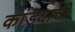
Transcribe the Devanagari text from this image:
कांड्याची